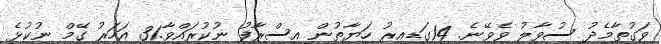
ވަގުތާމެދު ސުވާލު ވެވޭނެ. 14ގަޑިއިރު ހަޔާތުން އިސްރާފު ނުކުރައްވާ.31 އަހަރު ގޭމް ނުކުޅެ